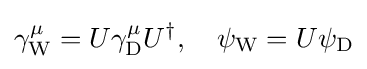
\gamma _{\mathrm {W} }^{\mu }=U\gamma _{\mathrm {D} }^{\mu }U^{\dagger },\quad \psi _{\mathrm {W} }=U\psi _{\mathrm {D} }